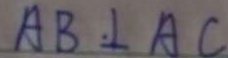
A B \bot A C